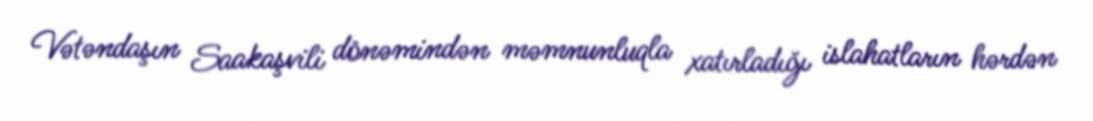
Vətəndaşın Saakaşvili dönəmindən məmnunluqla xatırladığı islahatların hərdən